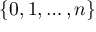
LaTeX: \{ 0 , 1 , \ldots , n \}